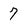
Character: 7